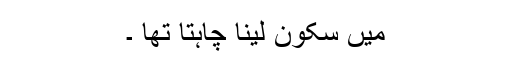
میں سکون لینا چاہتا تھا ۔